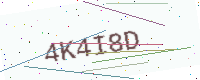
Text: 4K4I8D